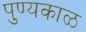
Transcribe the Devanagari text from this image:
पुण्यकाळ